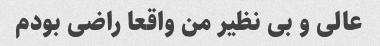
عالی و بی نظیر من واقعا راضی بودم